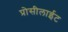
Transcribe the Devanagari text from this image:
प्रोसीलाईट